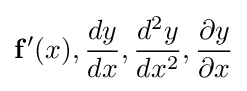
\mathbf {f'} (x),{\dfrac {dy}{dx}},{\dfrac {d^{2}y}{dx^{2}}},{\dfrac {\partial {y}}{\partial {x}}}